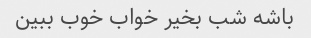
باشه شب بخیر خواب خوب ببین